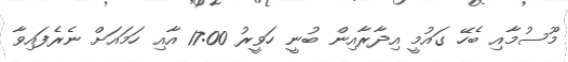
މޫސުމާއި ބެހޭ ގައުމީ އިދާރާއިން ބުނީ ހަވީރު 17:00 އާއި ހަމައަށް ނެރެފައިވާ